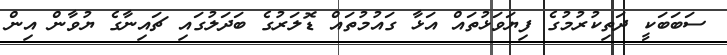
ސަބަބަކީ ދަތިކުރުމުގެ ފިޔަވަޅުތައް އަޅާ ގައުމުތައް ޑޮލަރުގެ ބަދަލުގައި ޗައިނާގެ ޔުވާން އިން